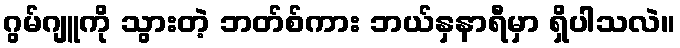
ဂွမ်ဂျူကို သွားတဲ့ ဘတ်စ်ကား ဘယ်နှနာရီမှာ ရှိပါသလဲ။